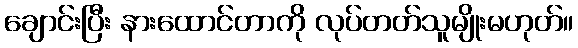
ချောင်းပြီး နားထောင်တာကို လုပ်တတ်သူမျိုးမဟုတ်။